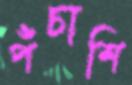
পঁচাশি